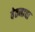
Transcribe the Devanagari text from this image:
वेतनाचा